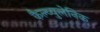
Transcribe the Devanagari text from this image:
कैल्व्युलेनिक